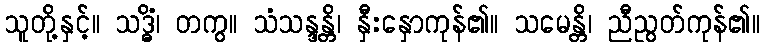
သူတို့နှင့်။ သဒ္ဓိံ၊ တကွ။ သံသန္ဒန္တိ၊ နှီးနှောကုန်၏။ သမေန္တိ၊ ညီညွတ်ကုန်၏။